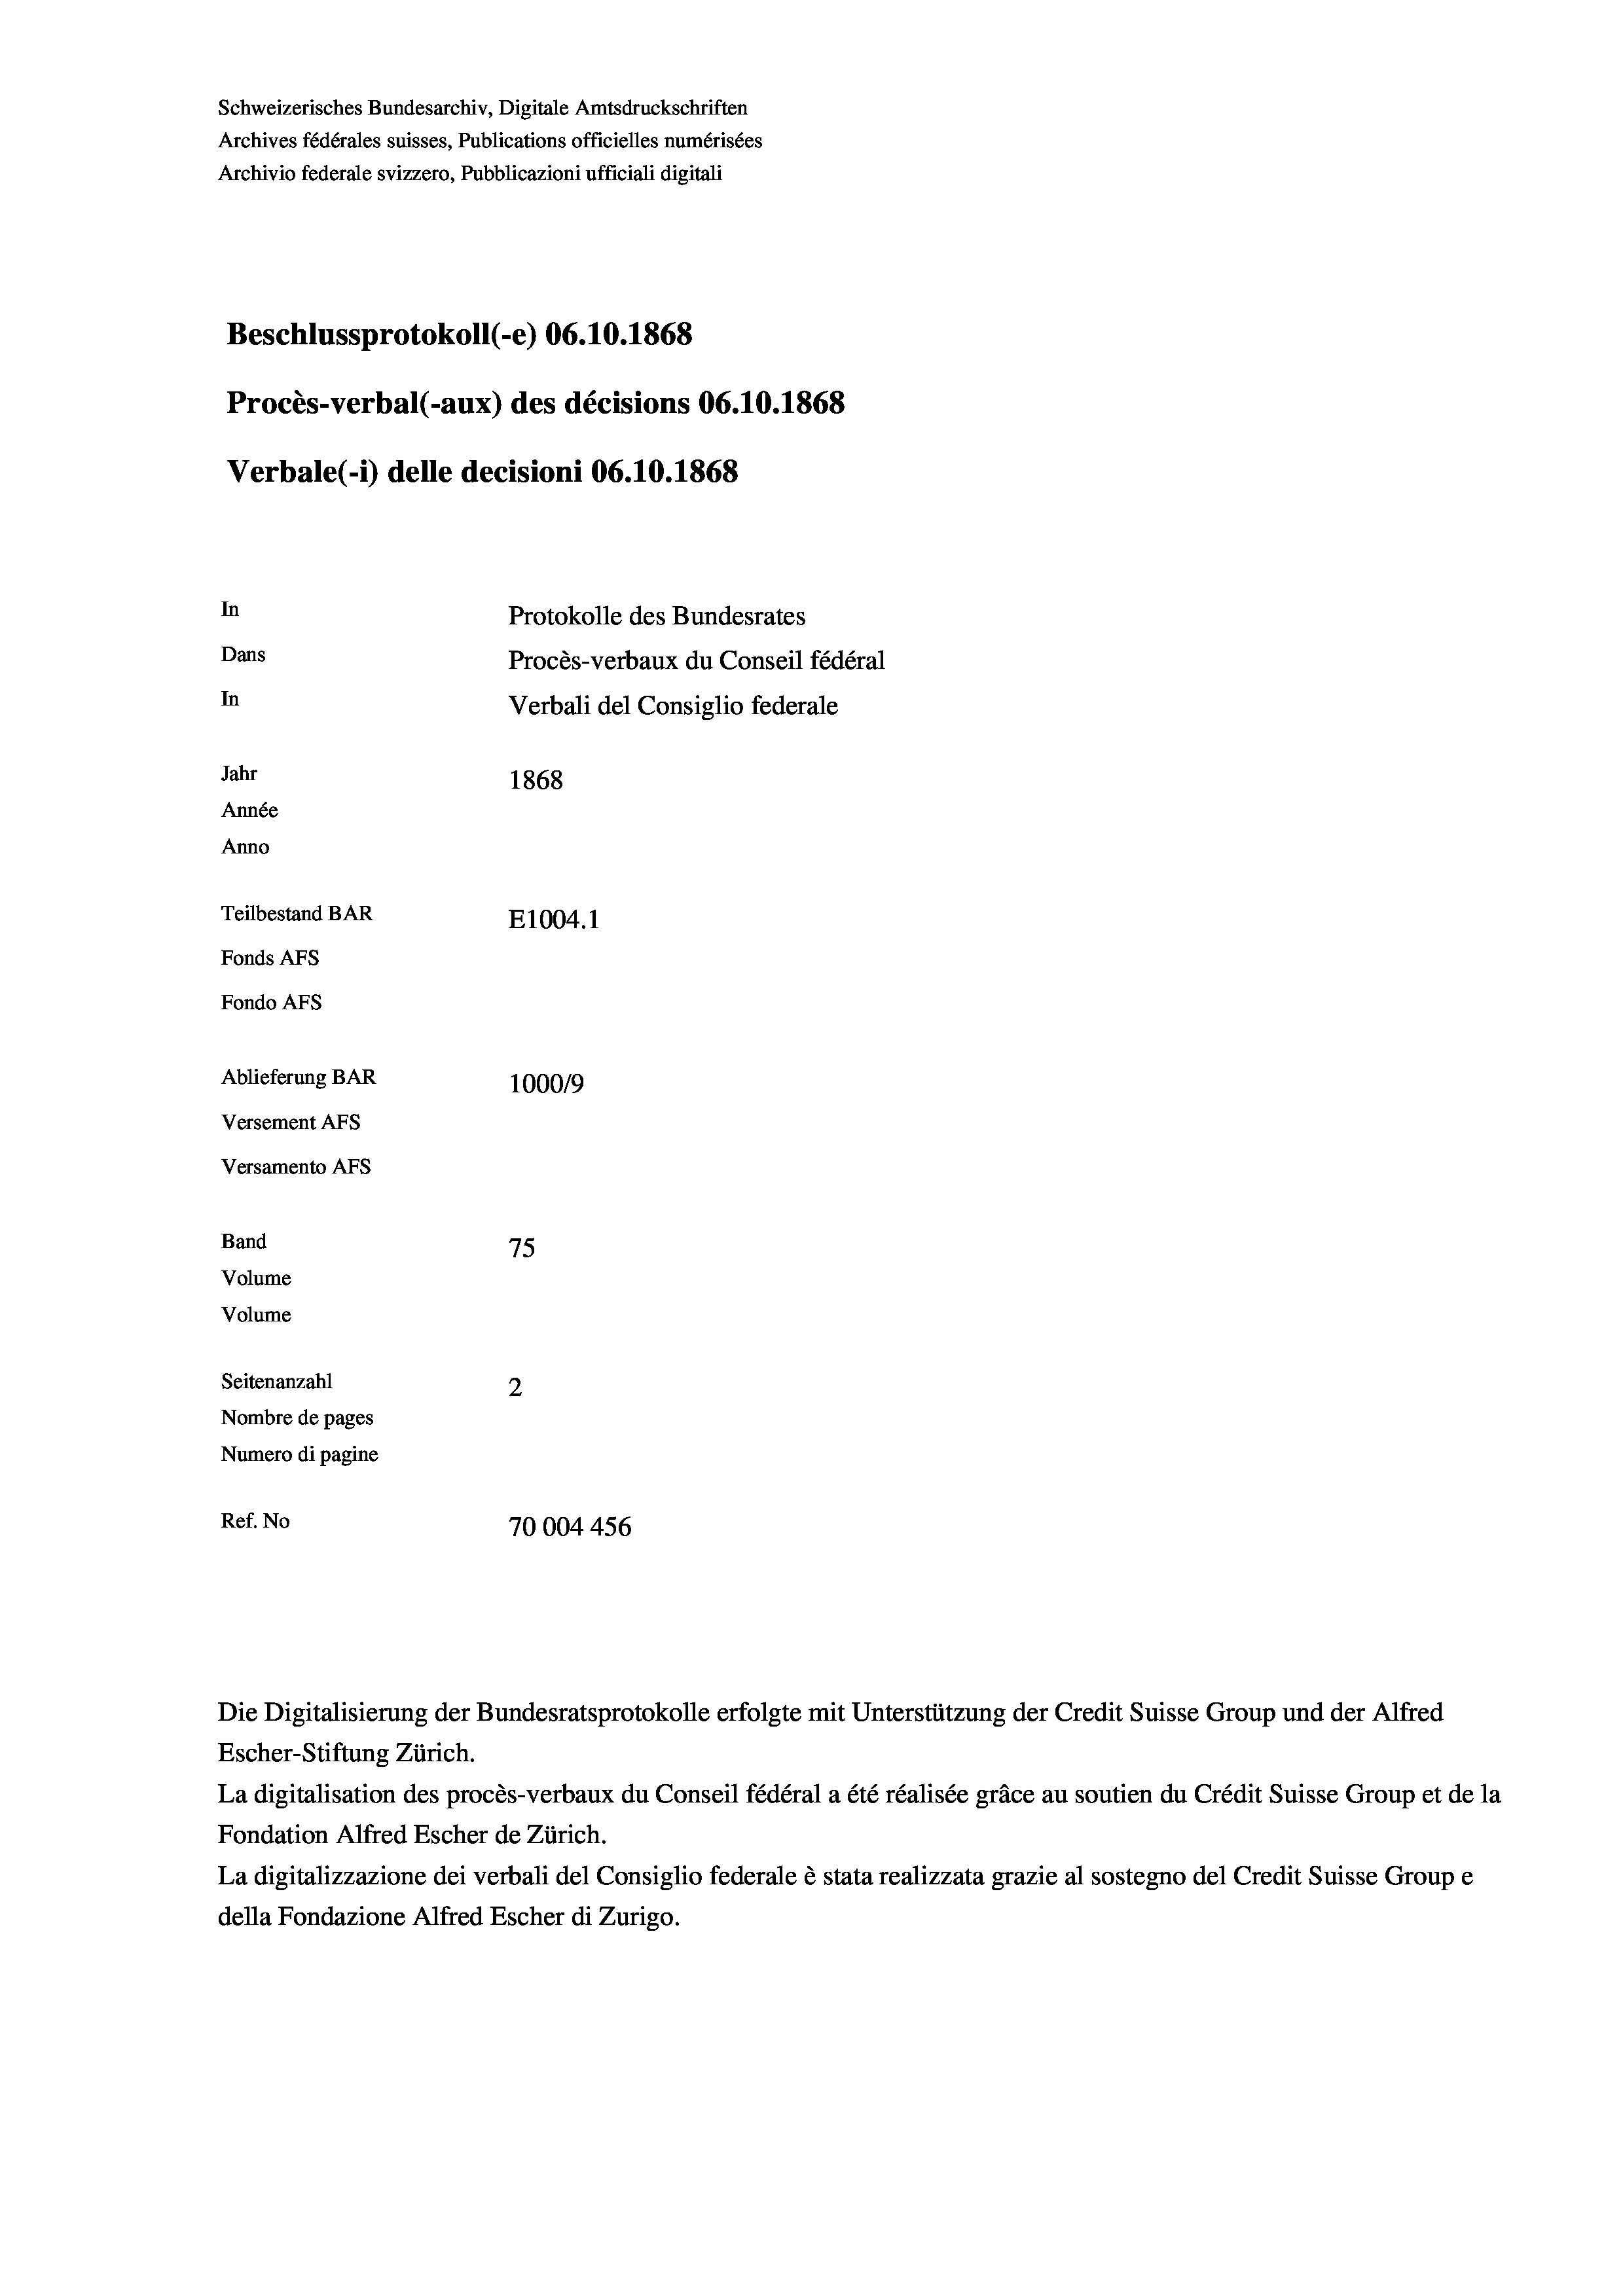
Schweizerisches Bundesarchiv, Digitale Amtsdruckschriften
Archives fédérales suisses, Publications officielles numérisées
Archivio federale svizzero, Pubblicazioni ufficiali digitali
Beschlussprotokoll (-e) 06.10.1868
Procès-verbal (-aux) des décisions 06.10.1868
Verbale (-*) delle decisioni 06.10.1868
In
Protokolle des Bundesrates
Dans
Procès-verbaux du Conseil fédéral
In
Verbali del Consiglio federale
Jahr
1868
Année
Anno
Teilbestand BAR
E1004.1
Fonds Afs
Fondo AFs
Ablieferung BAR
100019
Versement AFS
Versamento Afs

75
Volume
Volume
Seitenanzahl
2
Nombre de pages
Numero di pagine
Ref. No
70004456

Band

Escher-Stiftung Zürich.
La digitalisation des procès-verbaux du Conseil fédéral a été réalisée gräce au soutien du Crédit Suisse Group et de la
Fondation Alfred Escher de Zürich.
La digitalizzazione dei verbali del Consiglio federale è stata realizzata grazie al sostegno del Credit Suisse Groupe
della Fondazione Alfred Escher di Zurigo.

Die Digitalisierung der Bundesratsprotokolle erfolgte mit Unterstützung der Credit Suisse Group und der Alfred